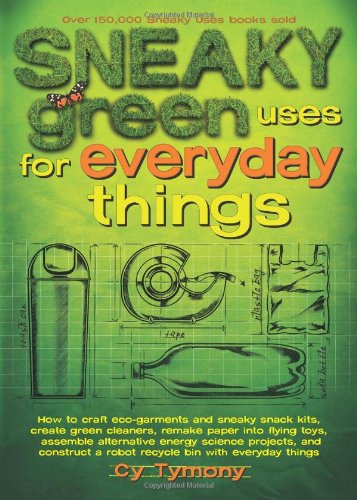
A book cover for Sneaky Green Uses for Everyday Things: How to Craft Eco-Garments and Sneaky Snack Kits, Create Green Cleaners, and more; Cy Tymony; Science & Math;